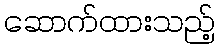
ဆောက်ထားသည့်